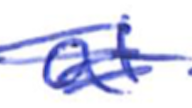
Text: at
Cross-out: scratch
Writing tool: ballpoint